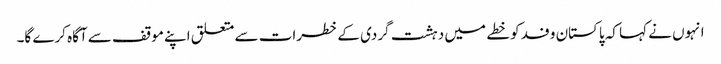
انہوں نے کہا کہ پاکستان وفد کو خطے میں دہشت گردی کے خطرات سے متعلق اپنے موقف سے آگاہ کرے گا۔